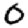
Digit: 0